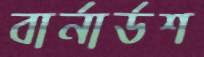
বার্নার্ডশ